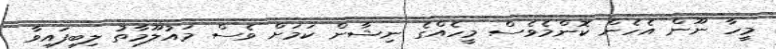
މީހާ ނޫން އެހެން ކޮންމެވެސް މީހެއްގެ ނިޝާން ކަމަށް ވެސް މައުލޫމާތު ލިބިފައިވާ